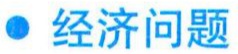
$\bullet$ 经济问题